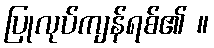
ပြုလုပ်ကျန်ရစ်၏ ။